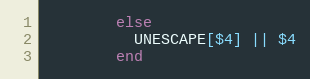
Language: Ruby
        else
          UNESCAPE[$4] || $4
        end